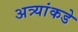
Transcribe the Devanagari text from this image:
अत्र्यांकडे